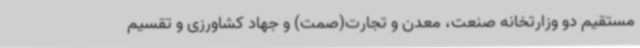
مستقیم دو وزارتخانه صنعت، معدن و تجارت(صمت) و جهاد کشاورزی و تقسیم